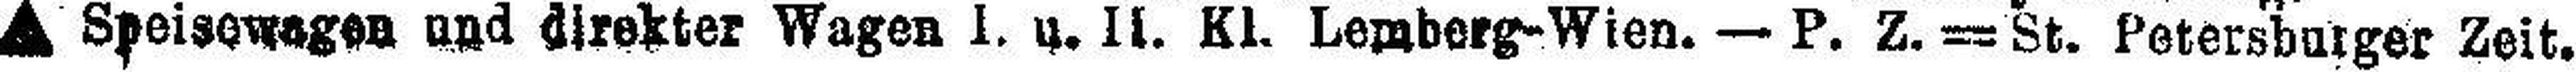
∆ Speisewagen und direkter Wagen I. u. II. Kl. Lemberg-Wien. St. Petersburger Zeit.